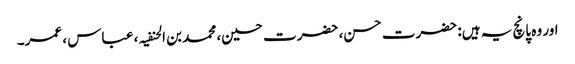
اور وہ پانچ یہ ہیں: حضرت حسن، حضرت حسین، محمد بن الحنفیہ ، عباس ، عمر۔